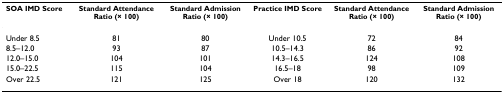
| SOA IMD Score | Standard Attendance Ratio (× 100) | Standard Admission Ratio (× 100) | Practice IMD Score | Standard Attendance Ratio (× 100) | Standard Admission Ratio (× 100) |
 | --- | --- | --- | --- | --- | --- |
 | Under 8.5 | 81 | 80 | Under 10.5 | 72 | 84 |
 | 8.5–12.0 | 93 | 87 | 10.5–14.3 | 86 | 92 |
 | 12.0–15.0 | 104 | 101 | 14.3–16.5 | 124 | 108 |
 | 15.0–22.5 | 115 | 104 | 16.5–18 | 98 | 109 |
 | Over 22.5 | 121 | 125 | Over 18 | 120 | 132 |